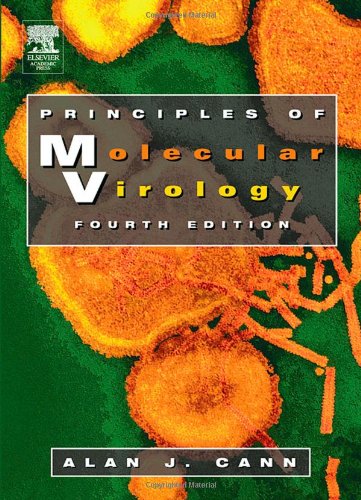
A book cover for Principles of Molecular Virology (Standard Edition), Fourth Edition (Cann, Principles of Molecular Virology); Alan J. Cann; Medical Books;